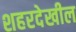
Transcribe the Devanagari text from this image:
शहरदेखील